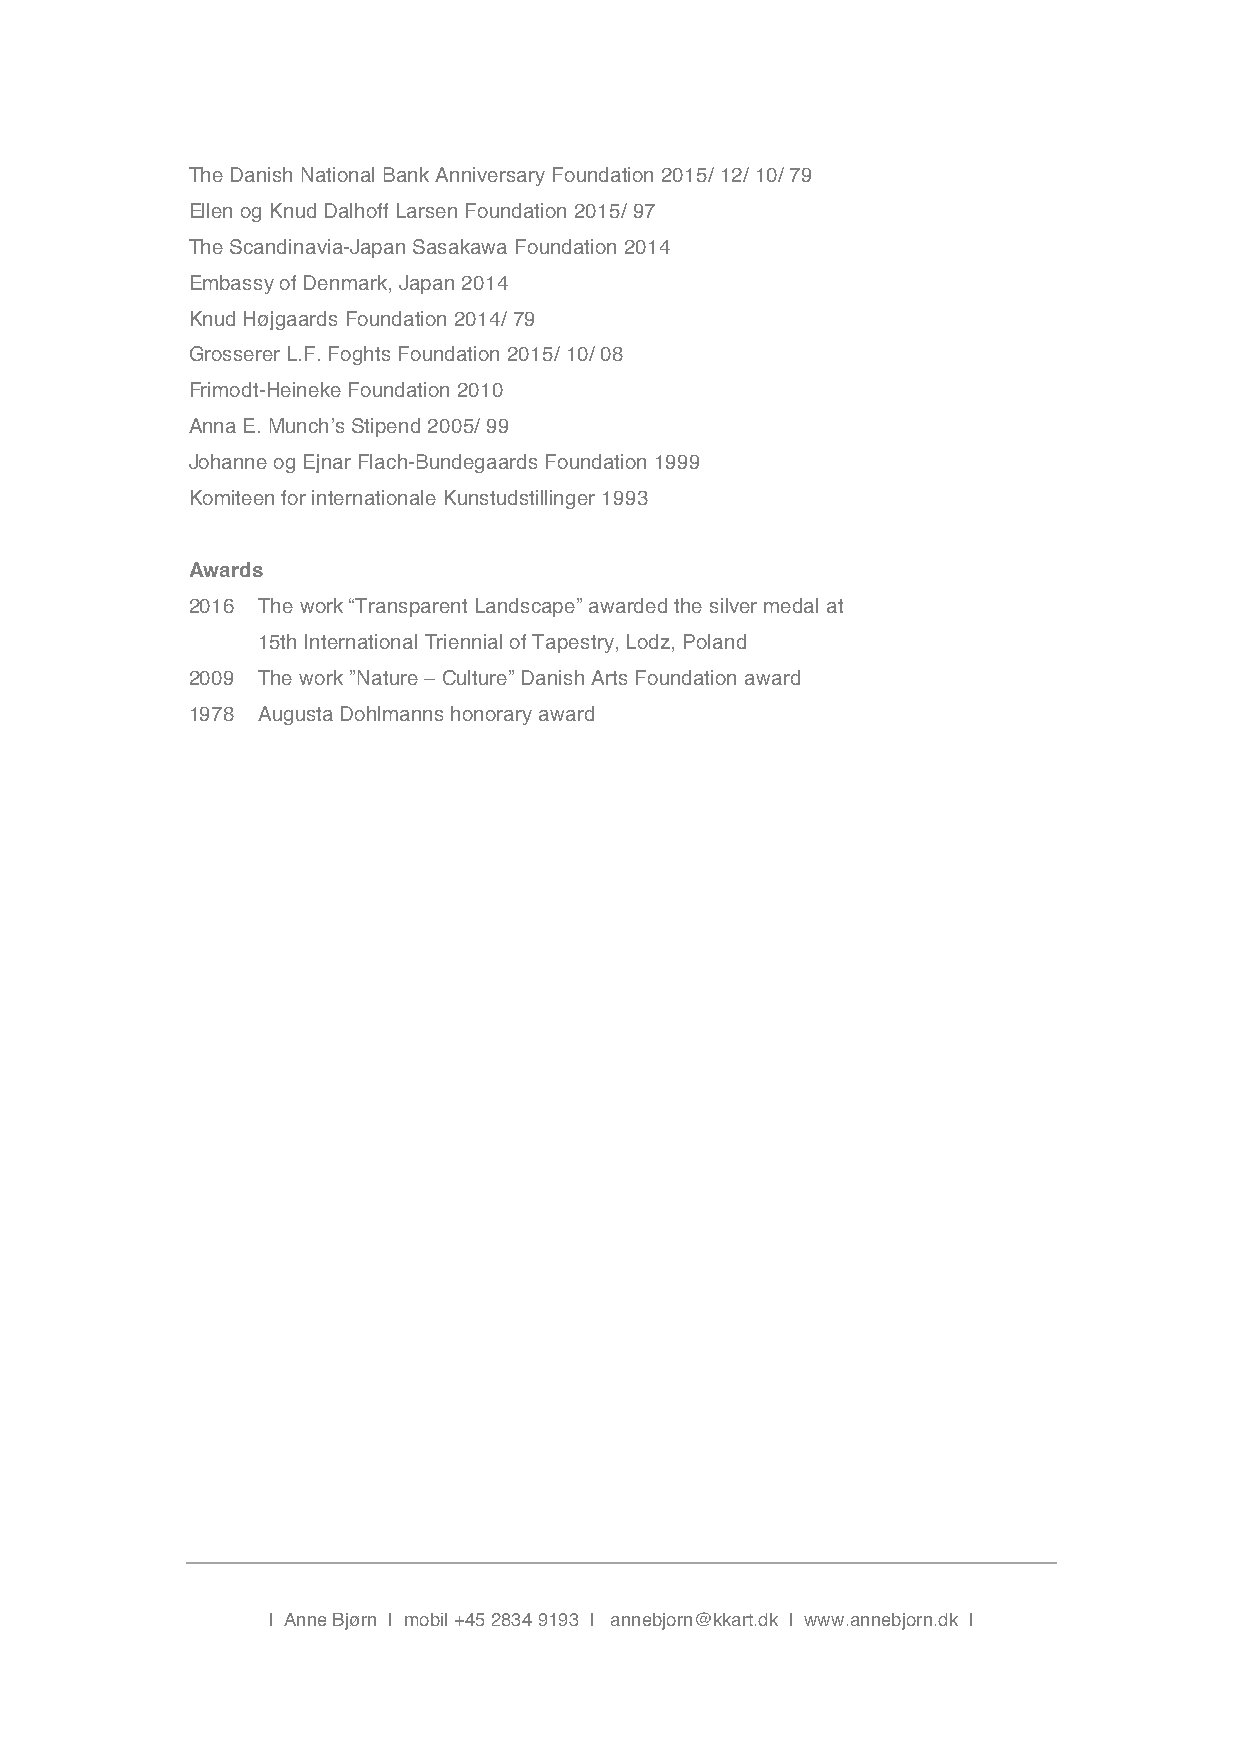
The Danish National Bank Anniversary Foundation 2015/ 12/ 10/ 79
 Ellen og Knud Dalhoff Larsen Foundation 2015/ 97
 The Scandinavia-Japan Sasakawa Foundation 2014
 Embassy of Denmark, Japan 2014
 Knud Højgaards Foundation 2014/ 79
 Grosserer L.F. Foghts Foundation 2015/ 10/ 08
 Frimodt-Heineke Foundation 2010
 Anna E. Munch’s Stipend 2005/ 99
 Johanne og Ejnar Flach-Bundegaards Foundation 1999
 Komiteen for internationale Kunstudstillinger 1993
 Awards
 2016 The work “Transparent Landscape” awarded the silver medal at
 15th International Triennial of Tapestry, Lodz, Poland
 2009 The work ”Nature – Culture” Danish Arts Foundation award
 1978 Augusta Dohlmanns honorary award
 | Anne Bjørn | mobil +45 2834 9193 | annebjorn@kkart.dk | www.annebjorn.dk |